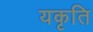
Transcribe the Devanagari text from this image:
यकृति